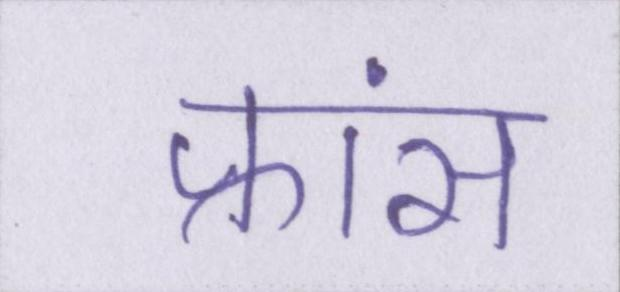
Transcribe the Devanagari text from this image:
फ्रांस